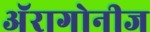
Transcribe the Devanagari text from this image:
अॅरागोनीज